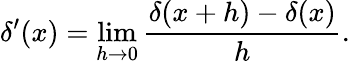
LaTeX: \delta^{\prime}(x)=\operatorname*{lim}_{h\to 0}{\frac{\delta(x+h)-\delta(x)}{h}}.